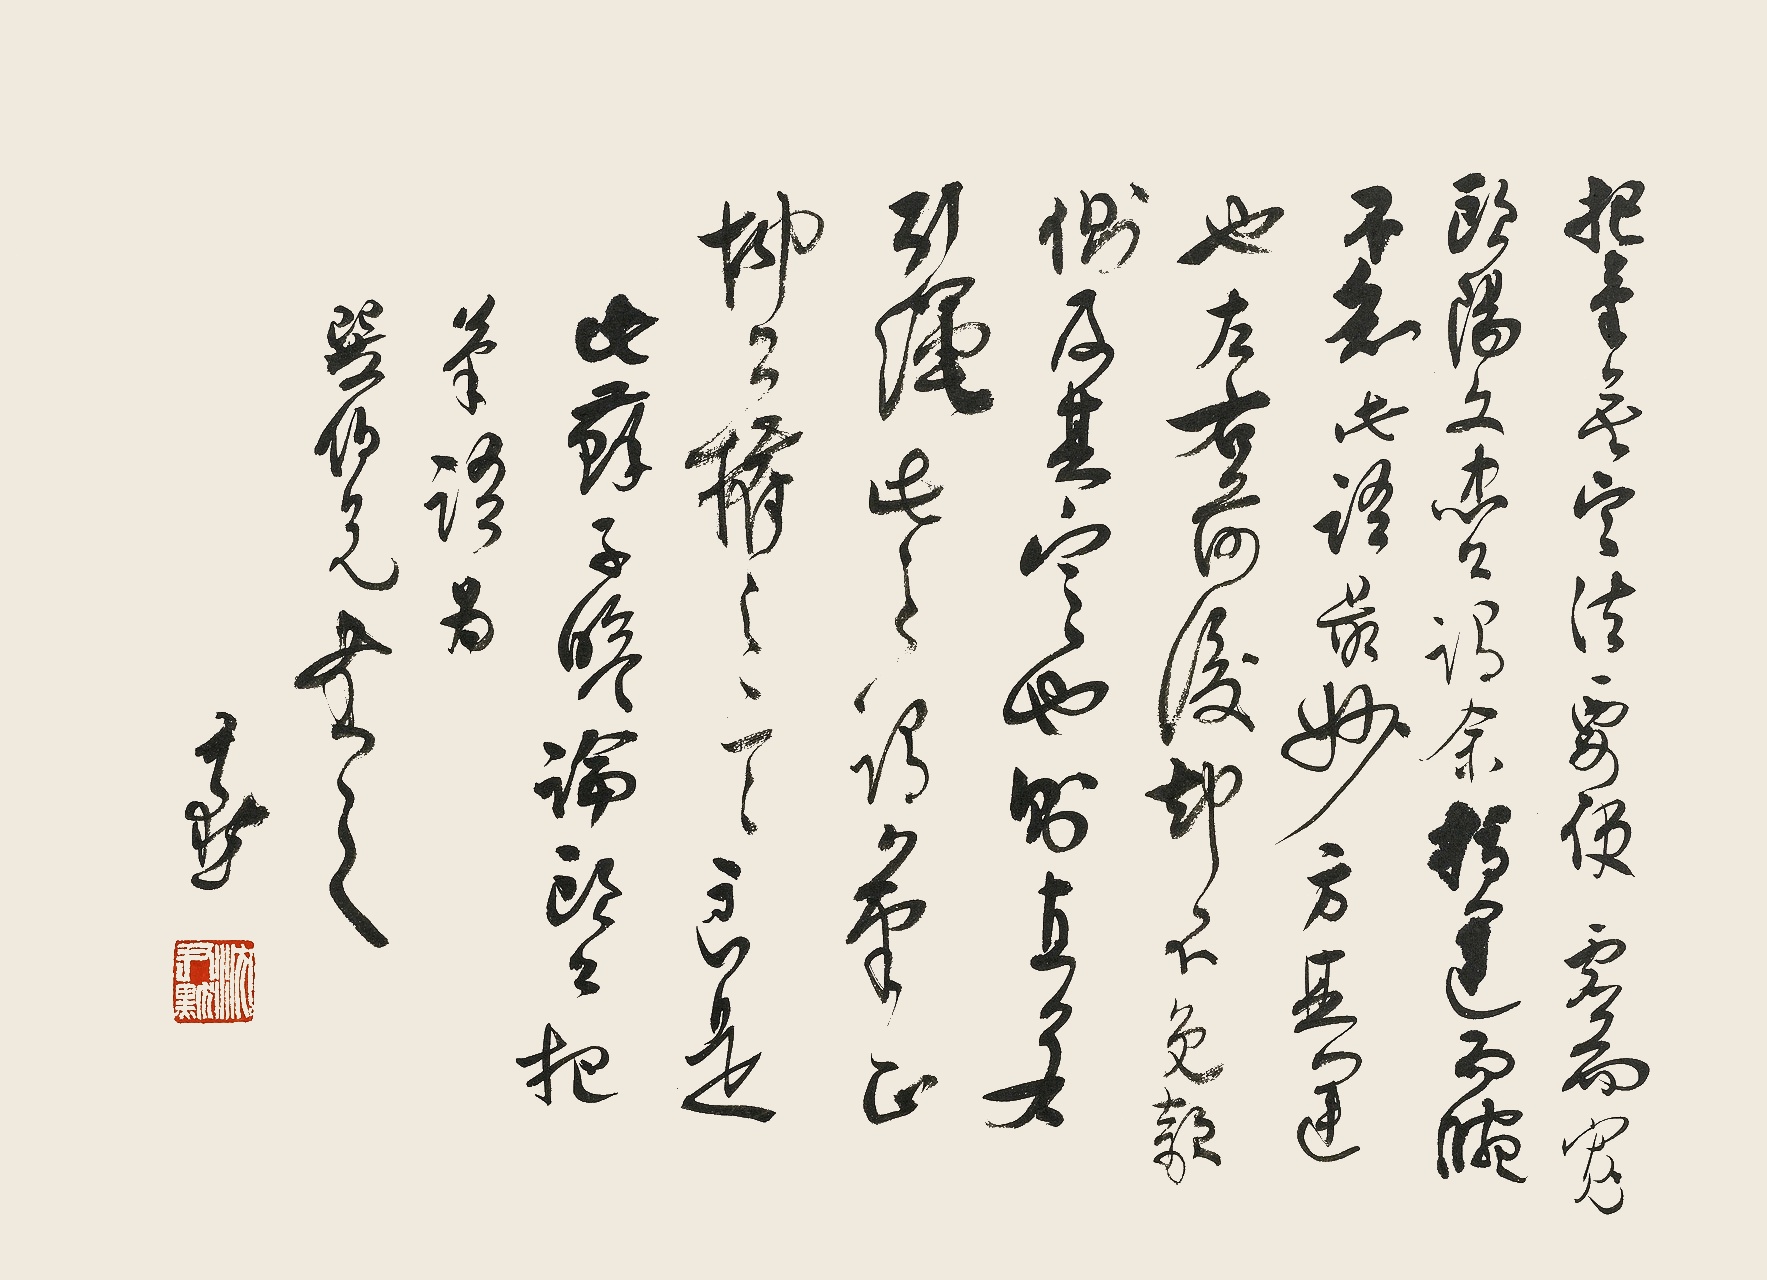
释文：把笔无定法，要使虚而宽。欧阳文忠公谓余指运而腕不知，此语最妙。方其运也，左右前后却不免欹侧，及其定也，则直若引绳，此之谓笔正，柳公权之言，良是。此苏子瞻论欧公把笔语。为巽伯兄书之。尹默。